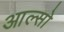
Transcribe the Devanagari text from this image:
आल्सो